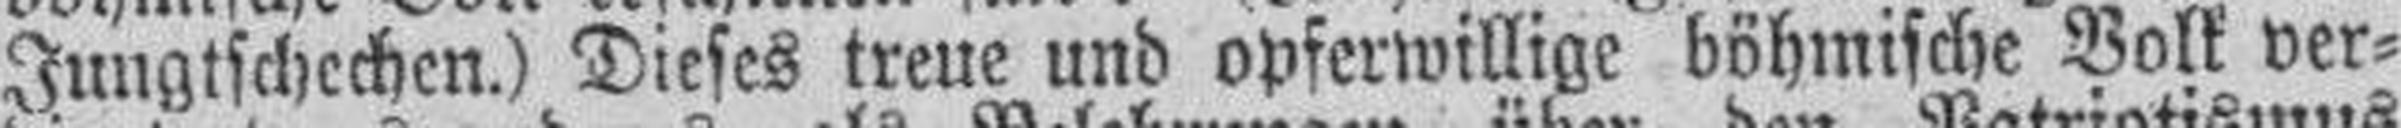
Jungtschechen.) Dieses treue und opferwillige böhmische Volk ver¬